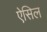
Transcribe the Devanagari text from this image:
ऐसिल